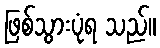
ဖြစ်သွားပုံရ သည်။